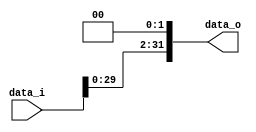

module Shift_Left_Two_32(
	data_i,
	data_o
);

// I/O ports
input [32-1:0] data_i;
output [32-1:0] data_o;

// shift left 2
assign data_o = {data_i[29:0], 2'b0};

endmodule